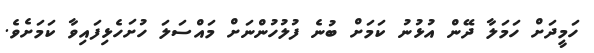
ހަމީދަށް ހަމަލާ ދޭން އުޅުނު ކަމަށް ބުނެ ފުލުހުންނަށް މައްސަލަ ހުށަހެޅިފައިވާ ކަމަށެވެ.